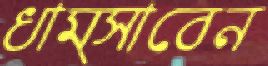
ধাম্‌সাবেন